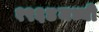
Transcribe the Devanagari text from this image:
१९६४मध्यी